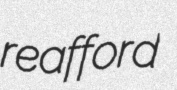
reafford